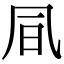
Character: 凬